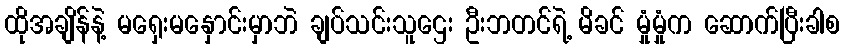
ထိုအချိန်နဲ့ မရှေးမနှောင်းမှာဘဲ ချပ်သင်းသူဌေး ဦးဘတင်ရဲ့ မိခင် မှုံမှုံက ဆောက်ပြီးခါစ